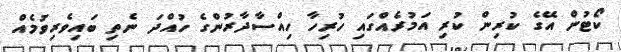
ކޯޓުން އޭގެ ކުރިން ކުރި އަމުރެއްގައި ހުރިހާ ހިއްސާދާރުންގެ ހުއްދަ ނެތި ބައިވެރިވުމެއް